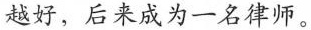
越好，后来成为一名律师。